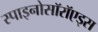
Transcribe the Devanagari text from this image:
स्पाइनोसॉरॉएड्स